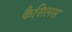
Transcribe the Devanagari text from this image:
कैसिलस